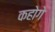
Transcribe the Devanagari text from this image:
कहोगे